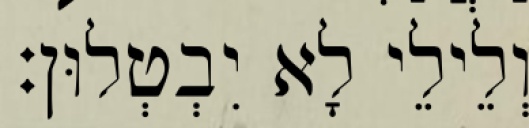
וְלֵילֵי לָא יִבְטְלוּן׃